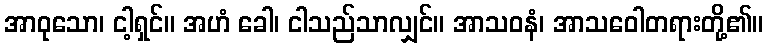
အာဝုသော၊ ငါ့ရှင်။ အဟံ ခေါ၊ ငါသည်သာလျှင်။ အာသဝနံ၊ အာသဝေါတရားတို့၏။